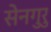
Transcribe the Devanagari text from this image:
सेनगुरु